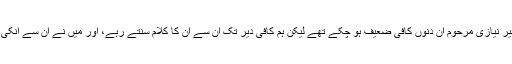
داد تو میں بڑھ چڑھ کر دے ہی رہا تھا اسکے بعد فرمائشیں بھی شروع کر دیں، منیر نیازی مرحوم ان دنوں کافی ضعیف ہو چکے تھے لیکن ہم کافی دیر تک ان سے ان کا کلام سنتے رہے، اور میں نے ان سے انکی مشہور پنجابی نظم 'کج شہر دے لوگ وی ظالم سن' بھی سننے کا شرف حاصل کیا۔